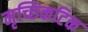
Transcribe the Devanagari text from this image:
मृच्छिकटिक